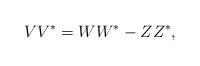
LaTeX: \begin{align*}VV^*=WW^*-ZZ^*,\end{align*}